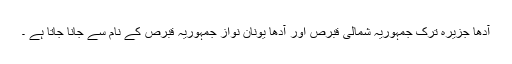
آدھا جزیرہ ترک جمہوریہ شمالی قبرص اور آدھا یونان نواز جمہوریہ قبرص کے نام سے جانا جاتا ہے ۔